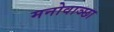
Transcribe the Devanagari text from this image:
मनोवाञ्छा